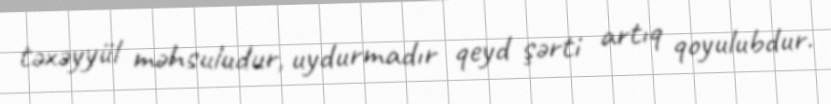
təxəyyül məhsuludur, uydurmadır qeyd şərti artıq qoyulubdur.